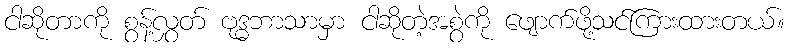
ငါဆိုတာကို စွန့်လွှတ် ဗုဒ္ဓဘာသာမှာ ငါဆိုတဲ့အစွဲကို ဖျောက်ဖို့သင်ကြားထားတယ်။